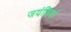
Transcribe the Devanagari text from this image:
जयंतियां